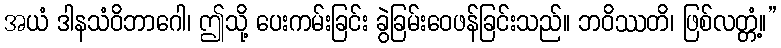
အယံ ဒါနသံဝိဘာဂေါ၊ ဤသို့ ပေးကမ်းခြင်း ခွဲခြမ်းဝေဖန်ခြင်းသည်။ ဘဝိဿတိ၊ ဖြစ်လတ္တံ့။”